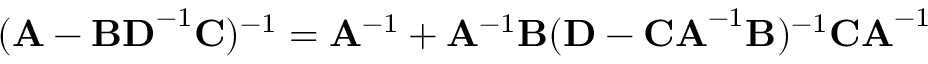
( \mathbf { A } - \mathbf { B D } ^ { - 1 } \mathbf { C } ) ^ { - 1 } = \mathbf { A } ^ { - 1 } + \mathbf { A } ^ { - 1 } \mathbf { B } ( \mathbf { D } - \mathbf { C A } ^ { - 1 } \mathbf { B } ) ^ { - 1 } \mathbf { C A } ^ { - 1 }